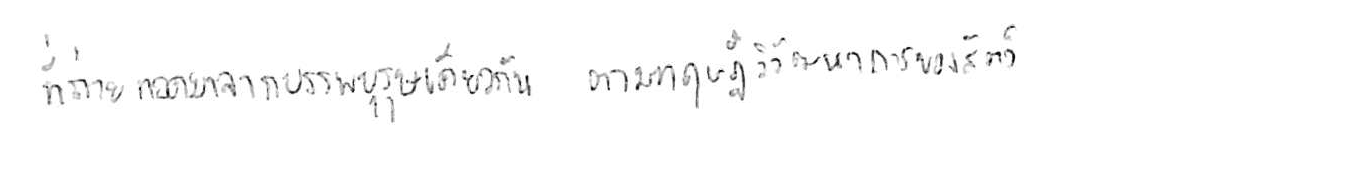
ที่ถ่ายทอดมาจากบรรพบุรุษเดียวกัน ตามทฤษฎีวิวัฒนาการของสัตว์